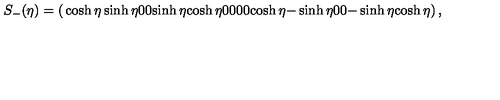
S _ { - } ( \eta ) = \left( \begin{matrix} { \cosh \eta } & { \sinh \eta } & { 0 } & { 0 } \\ { \sinh \eta } & { \cosh \eta } & { 0 } & { 0 } \\ { 0 } & { 0 } & { \cosh \eta } & { - \sinh \eta } \\ { 0 } & { 0 } & { - \sinh \eta } & { \cosh \eta } \\ \end{matrix} \right) ,